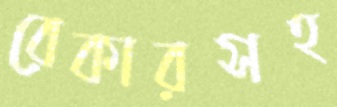
রেকারসহ